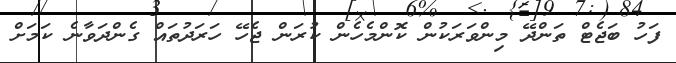
ފަހު ބަޖެޓް ތަންދޭ މިންވަރަކުން ކޮންމެހެން ކުރަން ޖެހޭ ހަރަދުތައް ގެންދަވާނެ ކަމަށް